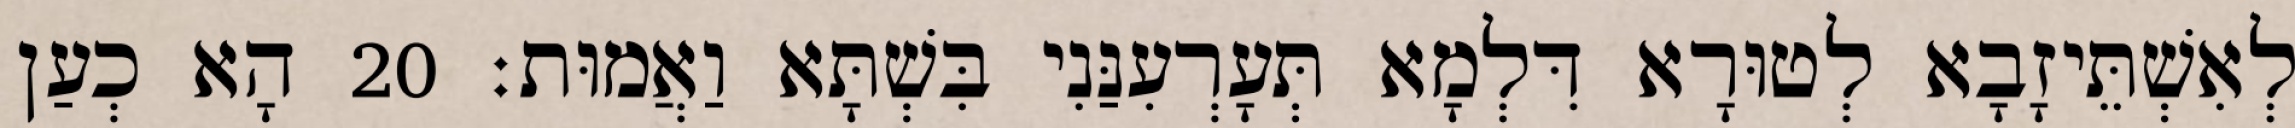
לְאִשְׁתֵּיזָבָא לְטוּרָא דִּלְמָא תְּעָרְעִנַּנִי בִּשְׁתָּא וַאֲמוּת׃ 20 הָא כְעַן